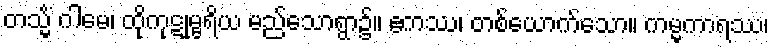
တသ္မိံ ဂါမေ၊ ထိုကုဋုမ္ဗရိယ မည်သောရွာ၌။ ဧကဿ၊ တစ်ယောက်သော။ ကမ္မကာရဿ၊